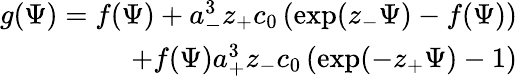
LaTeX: \begin{array}{r}{g(\Psi)=f(\Psi)+a_{-}^{3}z_{+}c_{0}\left(\exp(z_{-}\Psi)-f(\Psi)\right)}\\ {+f(\Psi)a_{+}^{3}z_{-}c_{0}\left(\exp(-z_{+}\Psi)-1\right)}\end{array}